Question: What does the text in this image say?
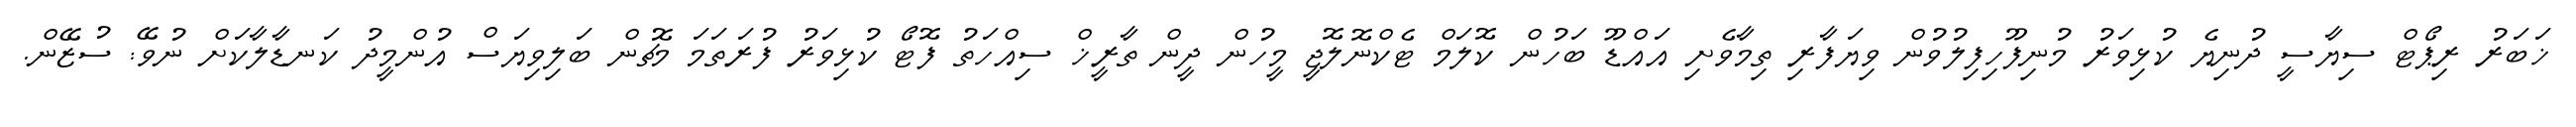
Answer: ޚަބަރު ރިޕޯޓް ސިޔާސީ ދުނިޔެ ކުޅިވަރު މުނިފޫހިފިލުވުން ވިޔަފާރި ތިމާވެށި އައްޑޫ ބަހުން ކޮލަމް ޓެކްނޮލޮޖީ މީހުން ދީން ތާރީޚް ސިއްހަތު ފޮޓޯ ކުޅިވަރު ފުރަތަމަ މެޗުން ބަލިވިޔަސް އުންމީދު ކަނޑާލާކަށް ނުވޭ: ސުޒޭން.